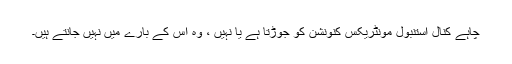
چاہے کنال استنبول مونٹریکس کنونشن کو جوڑتا ہے یا نہیں ، وہ اس کے بارے میں نہیں جانتے ہیں۔